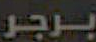
برجر